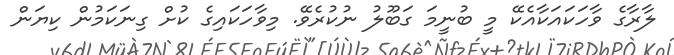
ލާރާގެ ވާހަކައަކާއެކޭ މީ ބުނީމަ ގަބޫލު ނުކުރެވޭ. މިވާހަކައިގެ ކުށް ގިނަކަމުން ކިޔަން